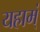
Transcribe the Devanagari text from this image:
यहाम्ं